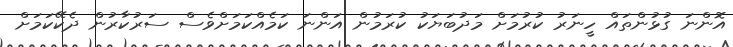
އޮންނަ ގުޅުންތައް ހީނަރު ކުރުމަށް މަދުބަޔަކު ކުރަމުން އަންނަ ކަމެއްކަމަށްވެސް ސަރުކާރުން ދެކޭކަމަށް